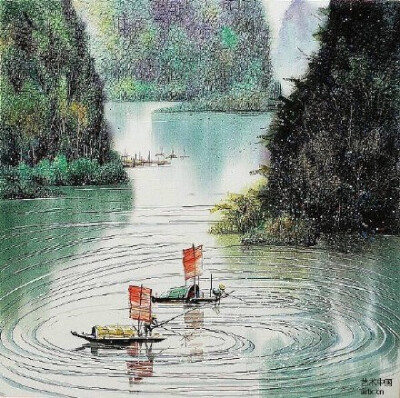
燕子不归春事晚，一汀烟雨杏花寒。